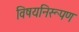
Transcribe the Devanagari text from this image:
विषयनिरूपण